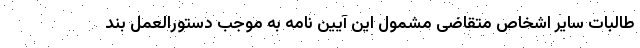
طالبات سایر اشخاص متقاضی مشمول این آیین نامه به موجب دستورالعمل بند